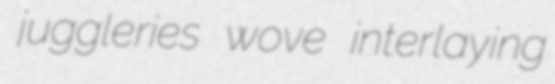
juggleries wove interlaying